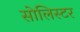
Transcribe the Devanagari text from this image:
सोलिस्टर